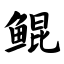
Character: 鲲